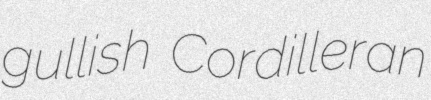
gullish Cordilleran